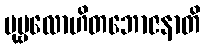
ပုဗ္ဗလောဟိတဘောဇနာတိ